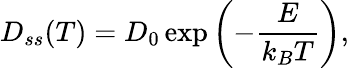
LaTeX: D_{ss}(T)=D_{0}\exp\left(-\frac{E}{k_{B}T}\right),